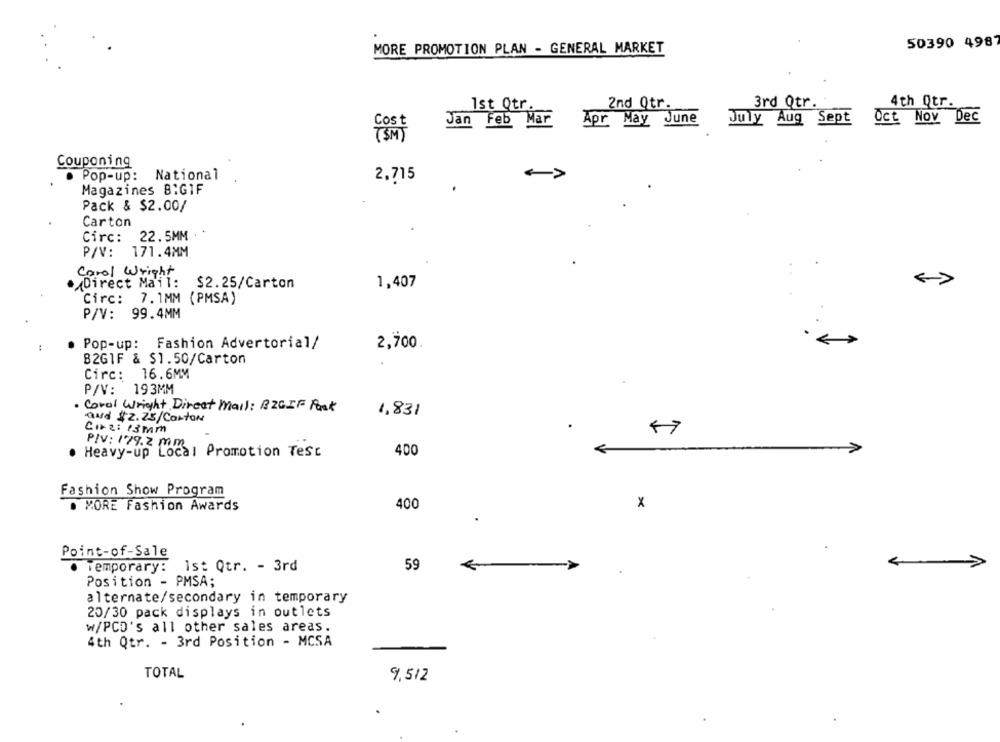
50390 4987
MORE PROMOTION PLAN - GENERAL MARKET
Ist Qtr.
2nd Qtr.
3rd Qtr.
4th Qtr.
Jan Feb Mar
Apr May June
July Aug Sept
Oct Nov Dec
Couponing
Pop-up: National
2,715
Magazines 8:GIF
Pack & $2.00/
Carton
22.5MM .
Circ:
P/V: 171.4MM
Carol Wright
· Direct Mail: $2.25/Carton
1,407
Circ: 7.1MM (PMSA)
P/V: 99.4MM
Pop-up: Fashion Advertorial/
2,700
B2GIF & $1.50/Carton
Circ: 16.6MM
P/V: 193MM
Coral Wright Direct mail: BZGIF Post
1,831
and $2.25/Carton
Co2: 13mm
PIV: 179.2 mm
Heavy-up Local Promotion Tesc
400
Fashion Show Program
400
. MORE Fashion Awards
x
Point-of-Sale
Temporary: Ist Qtr. - 3rd
59
Position - PMSA;
alternate/secondary in temporary
20/30 pack displays in outlets
W/PCD's all other sales areas.
4th Qtr. - 3rd Position - MCSA
TOTAL
9, 512